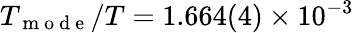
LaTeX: T_{\mathrm{~m~o~d~e~}}/T=1.664(4)\times 10^{-3}